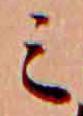
ミ